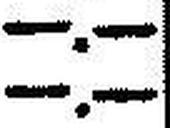
—.—